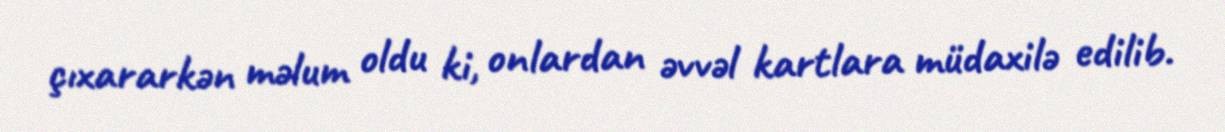
çıxararkən məlum oldu ki, onlardan əvvəl kartlara müdaxilə edilib.